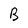
Character: B